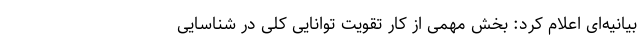
بیانیه‌ای اعلام کرد: بخش مهمی از کار تقویت توانایی کلی در شناسایی